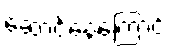
ဆောင်နေကြောင်း